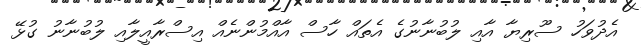
އެދުވަހު ސޫރިޔާ އާއި ލުބުނާނުގެ އެތައް ހާސް އާއްމުންނެއް އިސްރާއީލާއި ލުބުނާނު ގުޅޭ